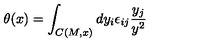
\theta ( x ) = \int _ { C ( M , x ) } d y _ { i } \epsilon _ { i j } \frac { y _ { j } } { y ^ { 2 } }